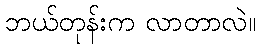
ဘယ်တုန်းက လာတာလဲ။